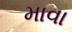
માવા